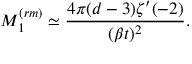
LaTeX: M _ { 1 } ^ { ( r m ) } \simeq \frac { 4 \pi ( d - 3 ) \zeta ^ { \prime } ( - 2 ) } { ( \beta t ) ^ { 2 } } .